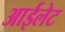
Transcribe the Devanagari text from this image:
आईलेट